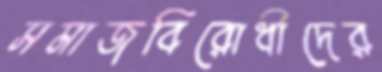
সমাজবিরোধীদের